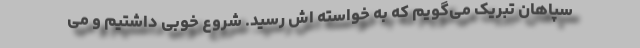
سپاهان تبریک می‌گویم که به خواسته اش رسید. شروع خوبی داشتیم و می‌